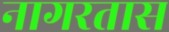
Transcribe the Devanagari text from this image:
नागरतास